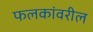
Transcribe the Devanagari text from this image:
फलकांवरील